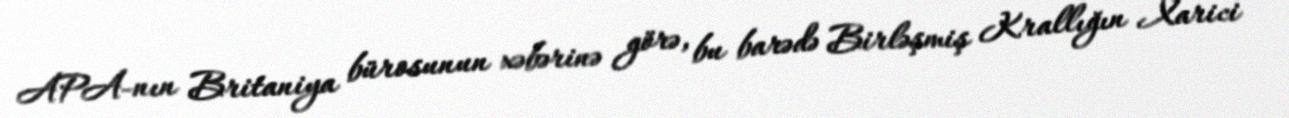
APA-nın Britaniya bürosunun xəbərinə görə, bu barədə Birləşmiş Krallığın Xarici